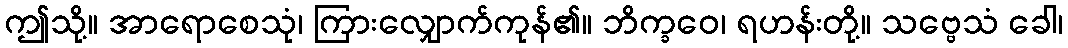
ဤသို့။ အာရောစေသုံ၊ ကြားလျှောက်ကုန်၏။ ဘိက္ခဝေ၊ ရဟန်းတို့။ သဗ္ဗေသံ ခေါ၊